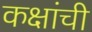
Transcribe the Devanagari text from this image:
कक्षांची